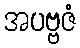
အပဗ္ဗဇံ